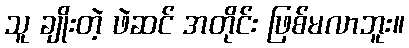
သူ ချိုးတဲ့ ဖဲဆင် အတိုင်း ဖြစ်မလာဘူး။